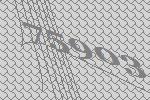
75903